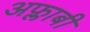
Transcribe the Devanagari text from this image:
अफ्लाबी